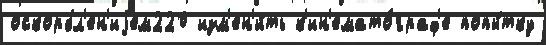
оскорбл'ен'иjем220 изм'ен'и́ть к'ин'емато́граф'е попы́тку